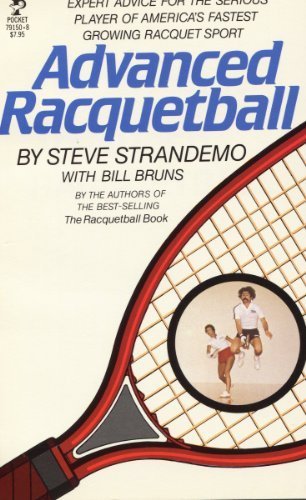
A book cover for Advanced Racquetball by Strandemo, Steve (1983) Paperback; Steve Strandemo; Sports & Outdoors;